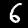
Digit: 6